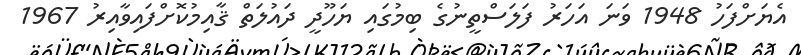
އެޔަށްފަހު 1948 ވަނަ އަހަރު ފަލަސްތީނުގެ ބިމުގައި ޔަހޫދީ ދައުލަތް ޤާއިމުކޮށްފައިވާއިރު 1967